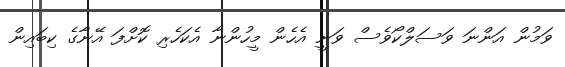
ވަމުން އަންނަ ވަސަލްކޯވެސް ވަނީ އެހެން މީހުންނާ އެކަހެރި ކޮށްފަ އޭނާގެ ކިބައިން